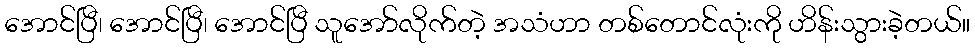
အောင်ပြီ၊ အောင်ပြီ၊ အောင်ပြီ သူအော်လိုက်တဲ့ အသံဟာ တစ်တောင်လုံးကို ဟိန်းသွားခဲ့တယ်။